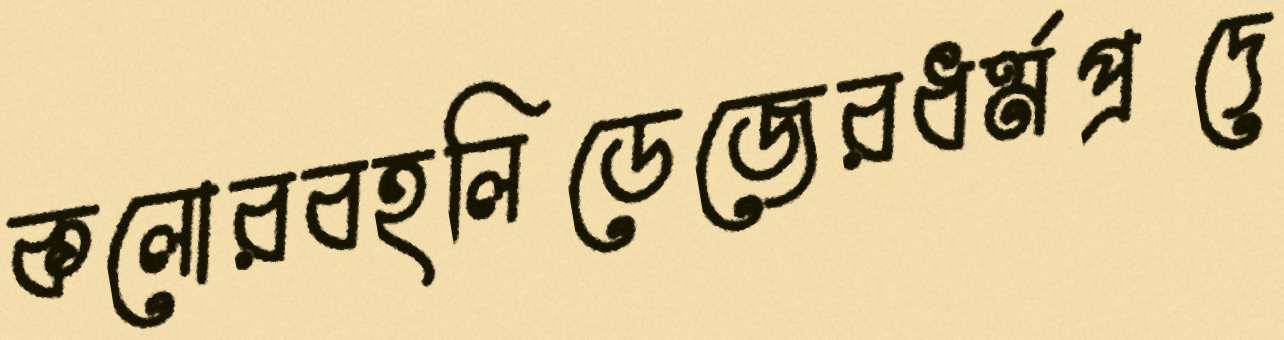
কলোরবহলিডেজেরধর্মপ্রদে